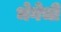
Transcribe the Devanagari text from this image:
भेगेची